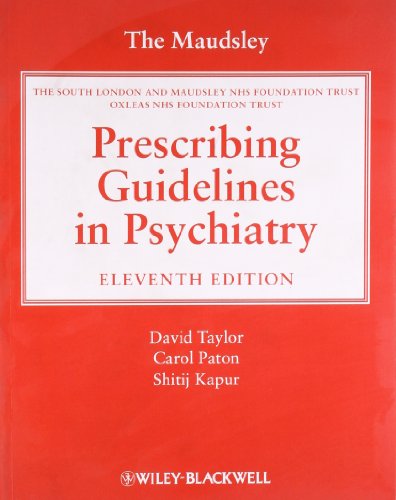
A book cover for The Maudsley Prescribing Guidelines in Psychiatry; Medical Books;